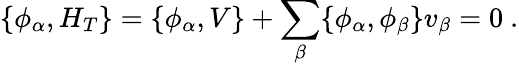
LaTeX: \{ \phi_{\alpha},H_{T}\} =\{ \phi_{\alpha},V\} +\sum_{\beta}\{ \phi_{\alpha},\phi_{\beta}\} v_{\beta}=0\ .